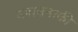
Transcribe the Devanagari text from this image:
उपासनाकी